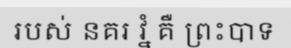
របស់ នគរ វ្នំ គឺ ព្រះបាទ